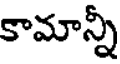
కామాన్నీ